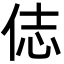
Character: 俧